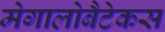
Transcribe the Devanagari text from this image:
मेगालोबैटेकस